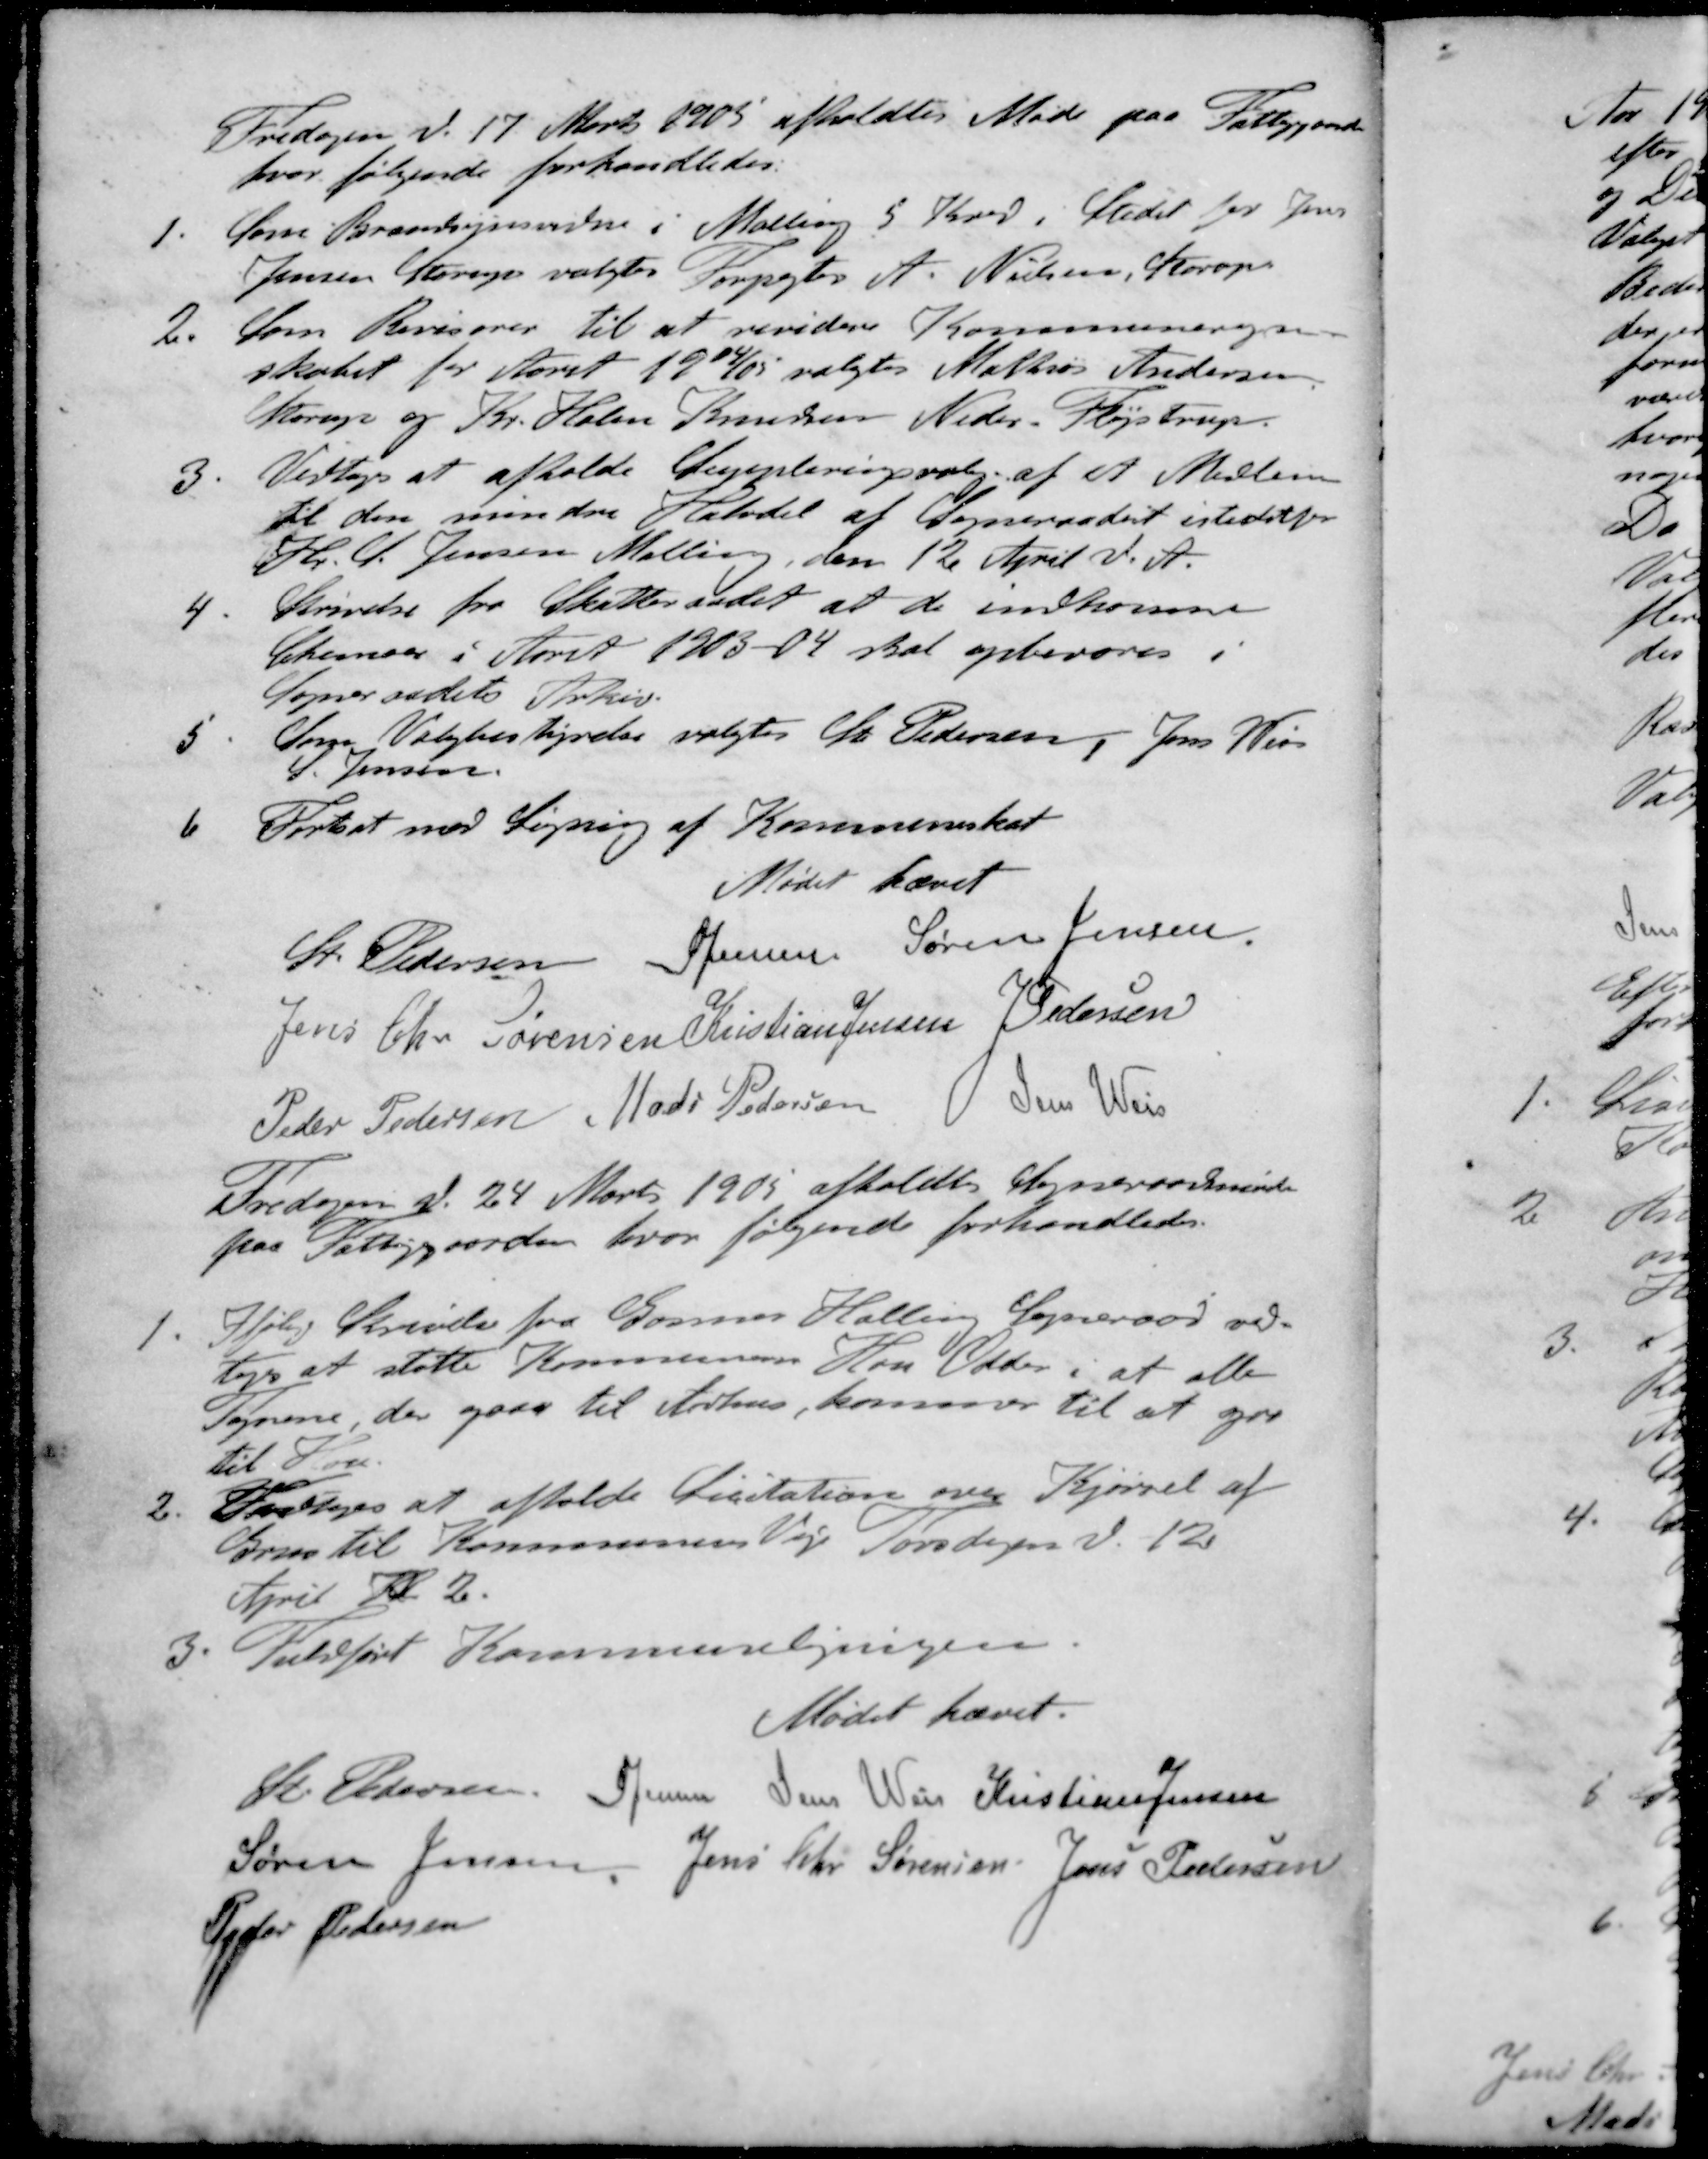
Transskription:
Fredagen d. 17 Marts 1905 afholdtes Møde paa Fattiggaarden
hvor følgende forhandledes:
1. Som Brandsynsvidne i Malling 5 Kred i Stedet for Jens
Jensen Starup valgtes Forpagter A. Nielsen, Starup
2.  Som Revisorer til at revidere Kommuneregn-
skabet for Aaret 1904/05 valgtes Mathias Andersen
Starup og Kr. Holm Knudsen Neder Fløjstrup
3. Vedtoges at afholde Suppleringsvalg af et Medlem
til den mindre Halvdel af Sogneraadet istedetfor
Hr S Jensen Malling, den 12 April d. A.
4. Skrivelse fra Skatteraadet at de indkomne
Skemaer i Aaret 1903 - 04 skal opbevares i
Sogneraadets Arkiv.
5. Som Valgbestyrelse valgtes St Pedersen, Jens Weis
S. Jensen
6 Fortsat med Ligning af Kommuneskat
Mødet hævet
St Pedersen
S Jensen
Søren Jensen,
Jens Chr. Sørensen
Kristian Jensen
J Pedersen
Peder Pedersen
Mads Pedersen
Jens Weis
Fredagen d. 24 Marts 1905 afholdt Sogneraadsmøde
paa Fattiggaarden, hvor følgende forhandledes.
1. Ifølge Skrivelse fra Gosmer Halling Sogneraad ved-
togs at støtte Kommunens Hou Odder i at alle
Togene der gaar til Århus, kommer til at gaa
til Hou.
2. Vedtoges at afholde Licitation over Kjørsel af
Grus til Kommunens Veje Torsdagen d. 12
April Kl 2.
3. Fuldført Kommuneligningen.
Mødet hævet.
St Pedersen
S Jensen
Jens Weis
Kristian Jensen
Søren Jensen
Jens Chr Sørensen
Jens Pedersen
Peder Pedersen